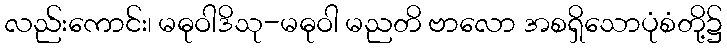
လည်းကောင်း၊ မဓုဝါဒိသု-မဓုဝါ မညတိ ဗာလော အစရှိသောပုံစံတို့၌